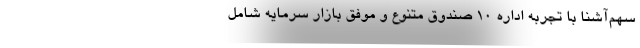
سهم‌آشنا با تجربه اداره 10 صندوق‌ متنوع و موفق بازار سرمایه شامل